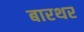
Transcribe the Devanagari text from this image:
बारथर